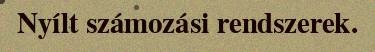
Nyílt számozási rendszerek.